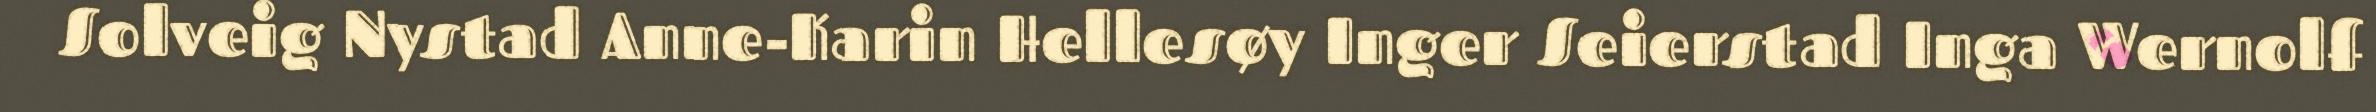
Solveig Nystad Anne-Karin Hellesøy Inger Seierstad Inga Wernolf